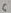
Text: 6